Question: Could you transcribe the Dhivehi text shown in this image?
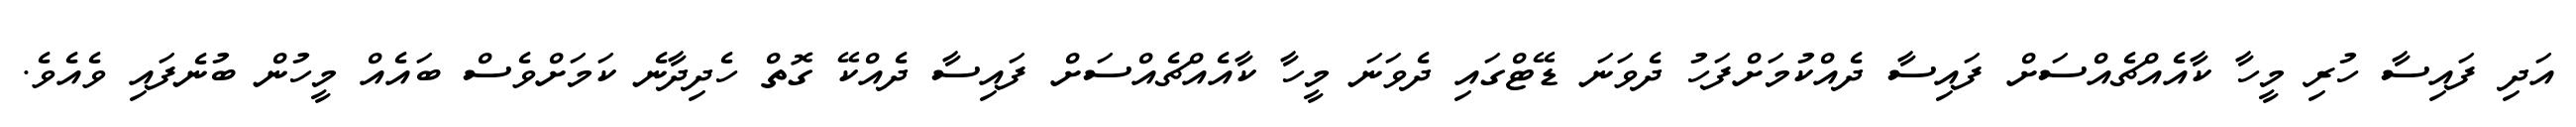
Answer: އަދި ފައިސާ ހުރި މީހާ ކާއެއްޗެއްސަށް ފައިސާ ދެއްކުމަށްފަހު ދެވަނަ ޑޭޓްގައި ދެވަނަ މީހާ ކާއެއްޗެއްސަށް ފައިސާ ދެއްކޭ ގޮތް ހެދިދާނެ ކަމަށްވެސް ބައެއް މީހުން ބުނެފައި ވެއެވެ.